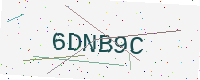
Text: 6DNB9C